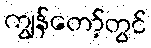
ကျွန်တော့်တွင်